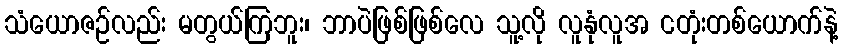
သံယောဇဉ်လည်း မတွယ်ကြဘူး၊ ဘာပဲဖြစ်ဖြစ်လေ သူ့လို လူနုံလူအ ငတုံးတစ်ယောက်နဲ့